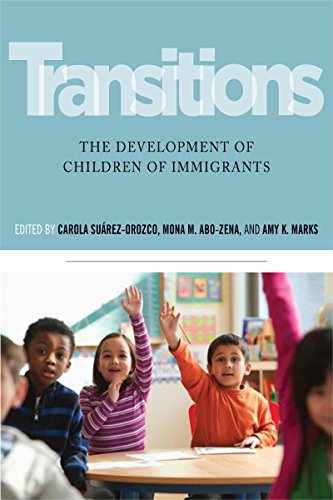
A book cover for Transitions: The Development of Children of Immigrants; Politics & Social Sciences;